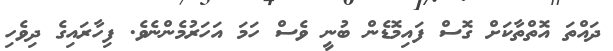
ދައްތަ އޮތްތާކަށް ގޮސް ފައިމޮޑެން ބުނީ ވެސް ހަމަ އަހަރުމެންނެވެ. ފިހާރައިގެ ދިވެހި